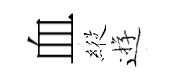
血𦂵逰